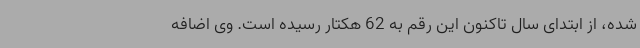
شده، از ابتدای سال تاکنون این رقم به 62 هکتار رسیده است. وی اضافه